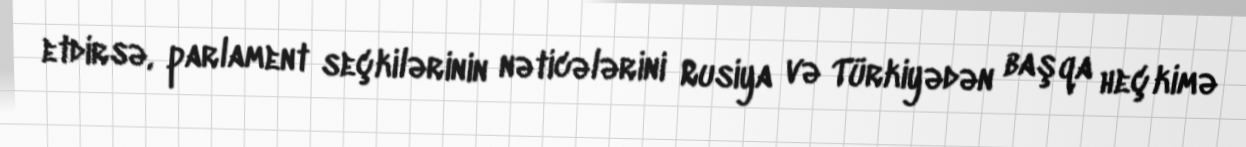
etdirsə, parlament seçkilərinin nəticələrini Rusiya və Türkiyədən başqa heç kimə